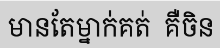
មានតែម្នាក់គត់  គឺចិន